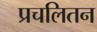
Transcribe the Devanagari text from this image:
प्रचलितन